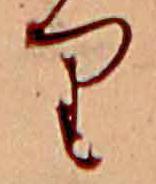
り